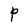
Character: P